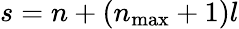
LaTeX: s=n+(n_{\mathrm{max}}+1)l